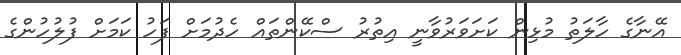
އޭނާގެ ހާލަތު މުޅިން ކަށަވަރުވާނީ އިތުރު ސްކޭންތައް ހެދުމަށް ފަހު ކަމަށް ފުލުހުންގެ